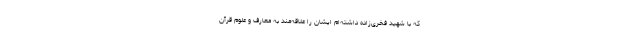
که با شهید فخری‌زاده داشته‌ام ایشان را علاقه‌مند به معارف و علوم قرآن